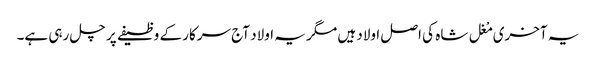
یہ آخری مْغل شاہ کی اصل اولاد ہیں مگر یہ اولاد آج سرکار کے وظیفے پر چل رہی ہے۔